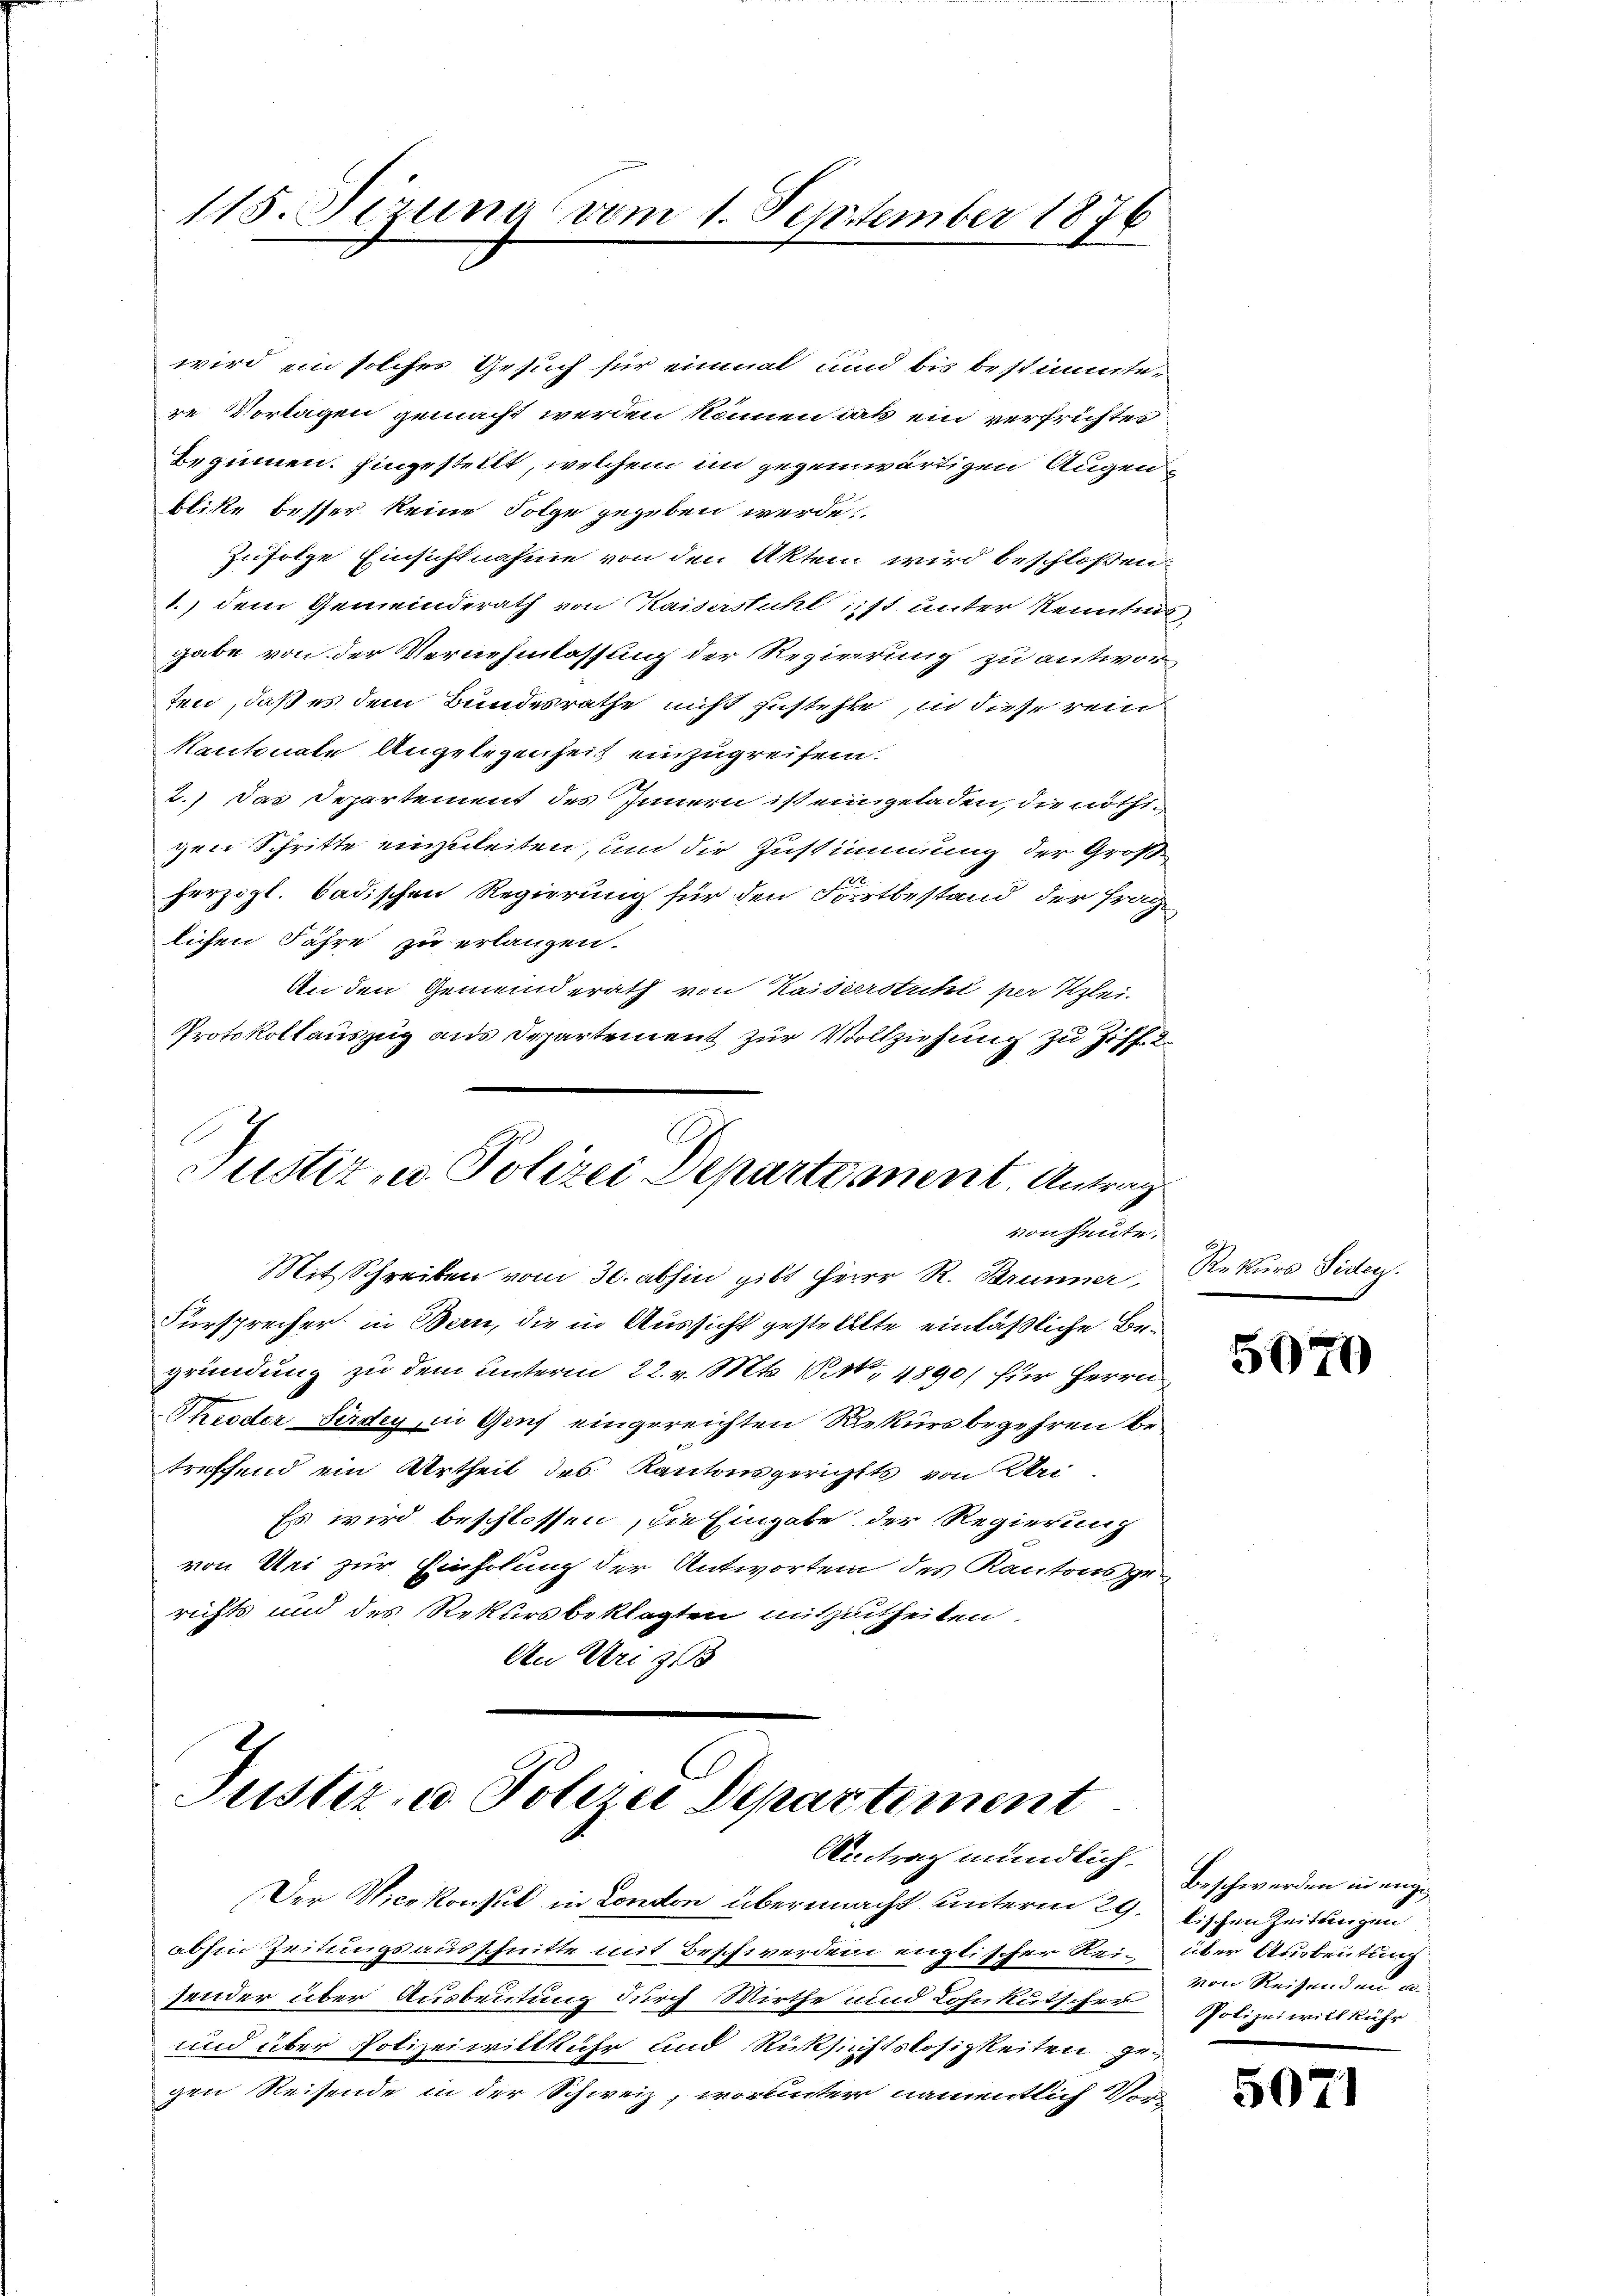
115. Sirung vom 1. September 1876
x

wird ein solches Gesuch für einmal und bis bestimmtere Vorlagen gemacht werden können aus ein verfristen
Beginnen. Eingestellt, welchem im gegenwärtigen Augenblike besser keine Folge gegeben werde
Zufolge Einsichtnahme von den Akten wird beschloßen:
1.) dem Gemeinderath von Kaiserstichl ist unter Kenntnis
gabe von der Vernehmlassung der Regierung zu antwor
ten, daß es dem Bundesrathe nicht zustehte in diese rein
Kantonale Angelegenheit einzugreifen.
2.) Das Departement des Innern ist eingeladen, die nöthigen Schritte einzuleiten, um die Zustimmung der Großherzogl. badischen Regierung für den Fortbestand der fräg
lichen Jahre zu erlangen.
An den Gemeinderath von Kaiderstichi per Klei-
Protokollauszug aus Departement zur Vollziehung zu Ziff. 2

E
Justiz u. Polizei Departement Antrag
von heute.

Justiz- u. Polizei Departement
Aitrag mündlich.

Mit Schreiben vom 30. abhin gibt Herr R. Brunner,
Fürsprecher in Bern, die in Aussicht gestellte einläßliche Begründung zu dem unterm 22. v. Mts. 11. 4890) für Herrn
Thieder Sirdey, in Genf eingereichten Rekursbegehren betreffend ein Urtheil des Kantonsgerichtts, von Klei
Es wird beschlossen, die Eingabe der Regierung
von Uri zur Einholung der Antworten des Kantonsge-
richts und des Rekursbeklagten mitzutheilen.
An Uri 318

Der Vicekonsul in London übermacht unterm 29.
abhin Zeitungsausschnitte mit Beschwerden englischer Reifender über Ausbeutung durch Wirthe und Lohnkutscher
und über Polizeiwillkühr und Rücksichtslosigkeiten gegen Reisende in der Schweiz, worunter namentlich Vor¬

Rekurs Fiden.

5070

Beschwerden in engelischen Zeitungen
über Ausbeutung
von Reisenden
Polizei will Rühr

5071